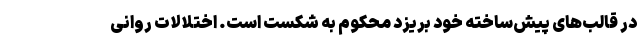
در قالب‌های پیش‌ساخته خود بریزد محکوم به شکست است. اختلالات روانی